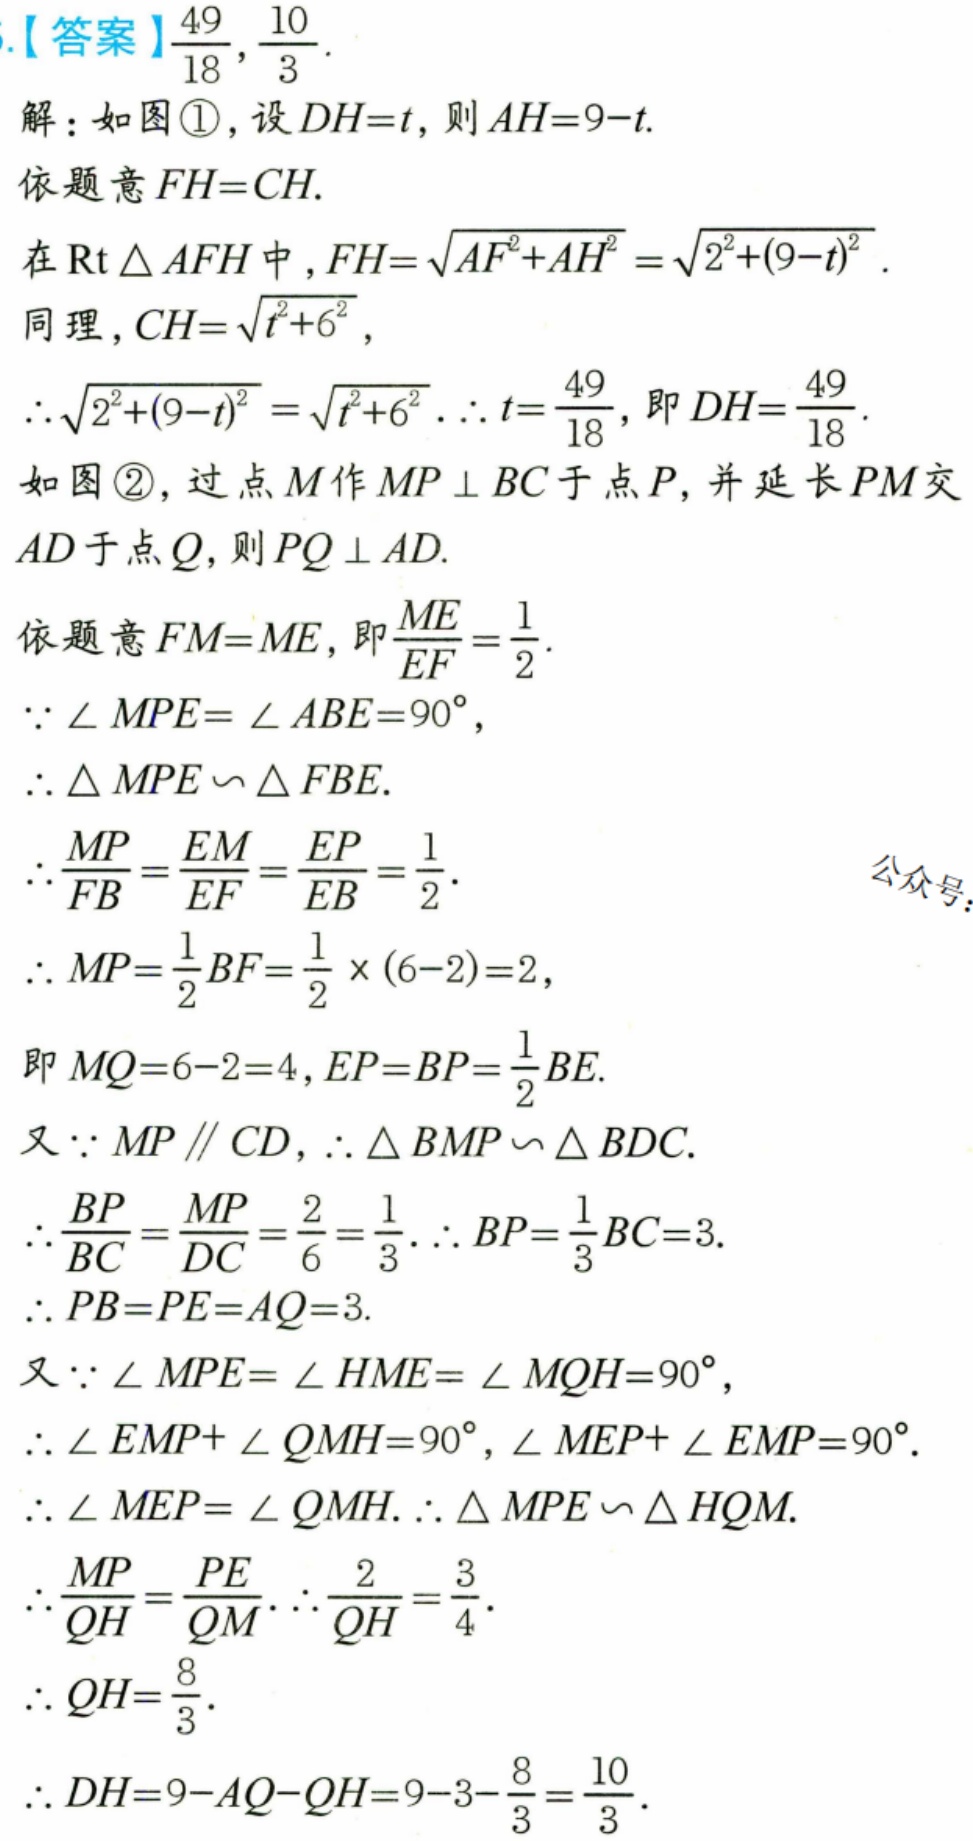
【答案】$\frac{49}{18}, \frac{10}{3}$.
解：如图\textcircled{1}，设$DH = t$，则$AH = 9 - t$.
依题意$FH = CH$.
在$\mathrm{Rt} \triangle AFH$中，$FH=\sqrt{AF^{2}+AH^{2}}=\sqrt{2^{2}+(9 - t)^{2}}$.
同理，$CH=\sqrt{t^{2}+6^{2}}$，
$\therefore\sqrt{2^{2}+(9 - t)^{2}}=\sqrt{t^{2}+6^{2}}$.$\therefore t = \frac{49}{18}$，即$DH=\frac{49}{18}$.
如图\textcircled{2}，过点$M$作$MP \perp BC$于点$P$，并延长$PM$交$AD$于点$Q$，则$PQ \perp AD$.
依题意$FM = ME$，即$\frac{ME}{EF}=\frac{1}{2}$.
$\because \angle MPE = \angle ABE = 90^{\circ}$，
$\therefore \triangle MPE \sim \triangle FBE$.
$\therefore \frac{MP}{FB}=\frac{EM}{EF}=\frac{EP}{EB}=\frac{1}{2}$.
$\therefore MP=\frac{1}{2}BF=\frac{1}{2} \times (6 - 2)=2$，
即$MQ = 6 - 2 = 4$，$EP = BP=\frac{1}{2}BE$.
又$\because MP \parallel CD$，$\therefore \triangle BMP \sim \triangle BDC$.
$\therefore \frac{BP}{BC}=\frac{MP}{DC}=\frac{2}{6}=\frac{1}{3}$.$\therefore BP=\frac{1}{3}BC = 3$.
$\therefore PB = PE = AQ = 3$.
又$\because \angle MPE = \angle HME = \angle MQH = 90^{\circ}$，
$\therefore \angle EMP+\angle QMH = 90^{\circ}$，$\angle MEP+\angle EMP = 90^{\circ}$.
$\therefore \angle MEP = \angle QMH$.$\therefore \triangle MPE \sim \triangle HQM$.
$\therefore \frac{MP}{QH}=\frac{PE}{QM}$.$\therefore \frac{2}{QH}=\frac{3}{4}$.
$\therefore QH=\frac{8}{3}$.
$\therefore DH = 9 - AQ - QH=9 - 3-\frac{8}{3}=\frac{10}{3}$.